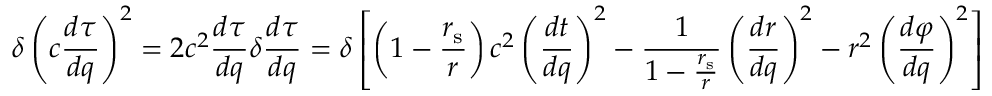
\delta \left( c { \frac { d \tau } { d q } } \right) ^ { 2 } = 2 c ^ { 2 } { \frac { d \tau } { d q } } \delta { \frac { d \tau } { d q } } = \delta \left[ \left( 1 - { \frac { r _ { \mathrm { { s } } } } { r } } \right) c ^ { 2 } \left( { \frac { d t } { d q } } \right) ^ { 2 } - { \frac { 1 } { 1 - { \frac { r _ { \mathrm { { s } } } } { r } } } } \left( { \frac { d r } { d q } } \right) ^ { 2 } - r ^ { 2 } \left( { \frac { d \varphi } { d q } } \right) ^ { 2 } \right] \, .